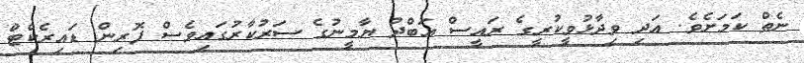
ނެތް ކަމަށެވެ. އަދި ވިދާޅުވީކުރީގެ ރައީސް އަބްދު ޔާމީނުގެ ސަރުކާރުގައިވެސް ފޮރިން ޑައިރެކްޓް